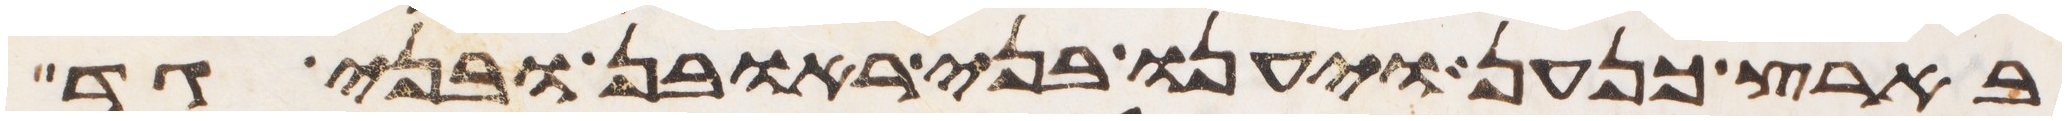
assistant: בארץ כנען ויענו בני ראובן ובני גד